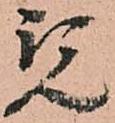
覧